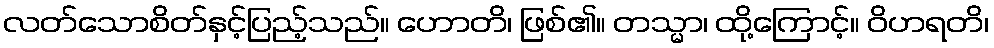
လတ်သောစိတ်နှင့်ပြည့်သည်။ ဟောတိ၊ ဖြစ်၏။ တသ္မာ၊ ထို့ကြောင့်။ ဝိဟရတိ၊